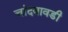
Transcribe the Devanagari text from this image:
चांदबावडी